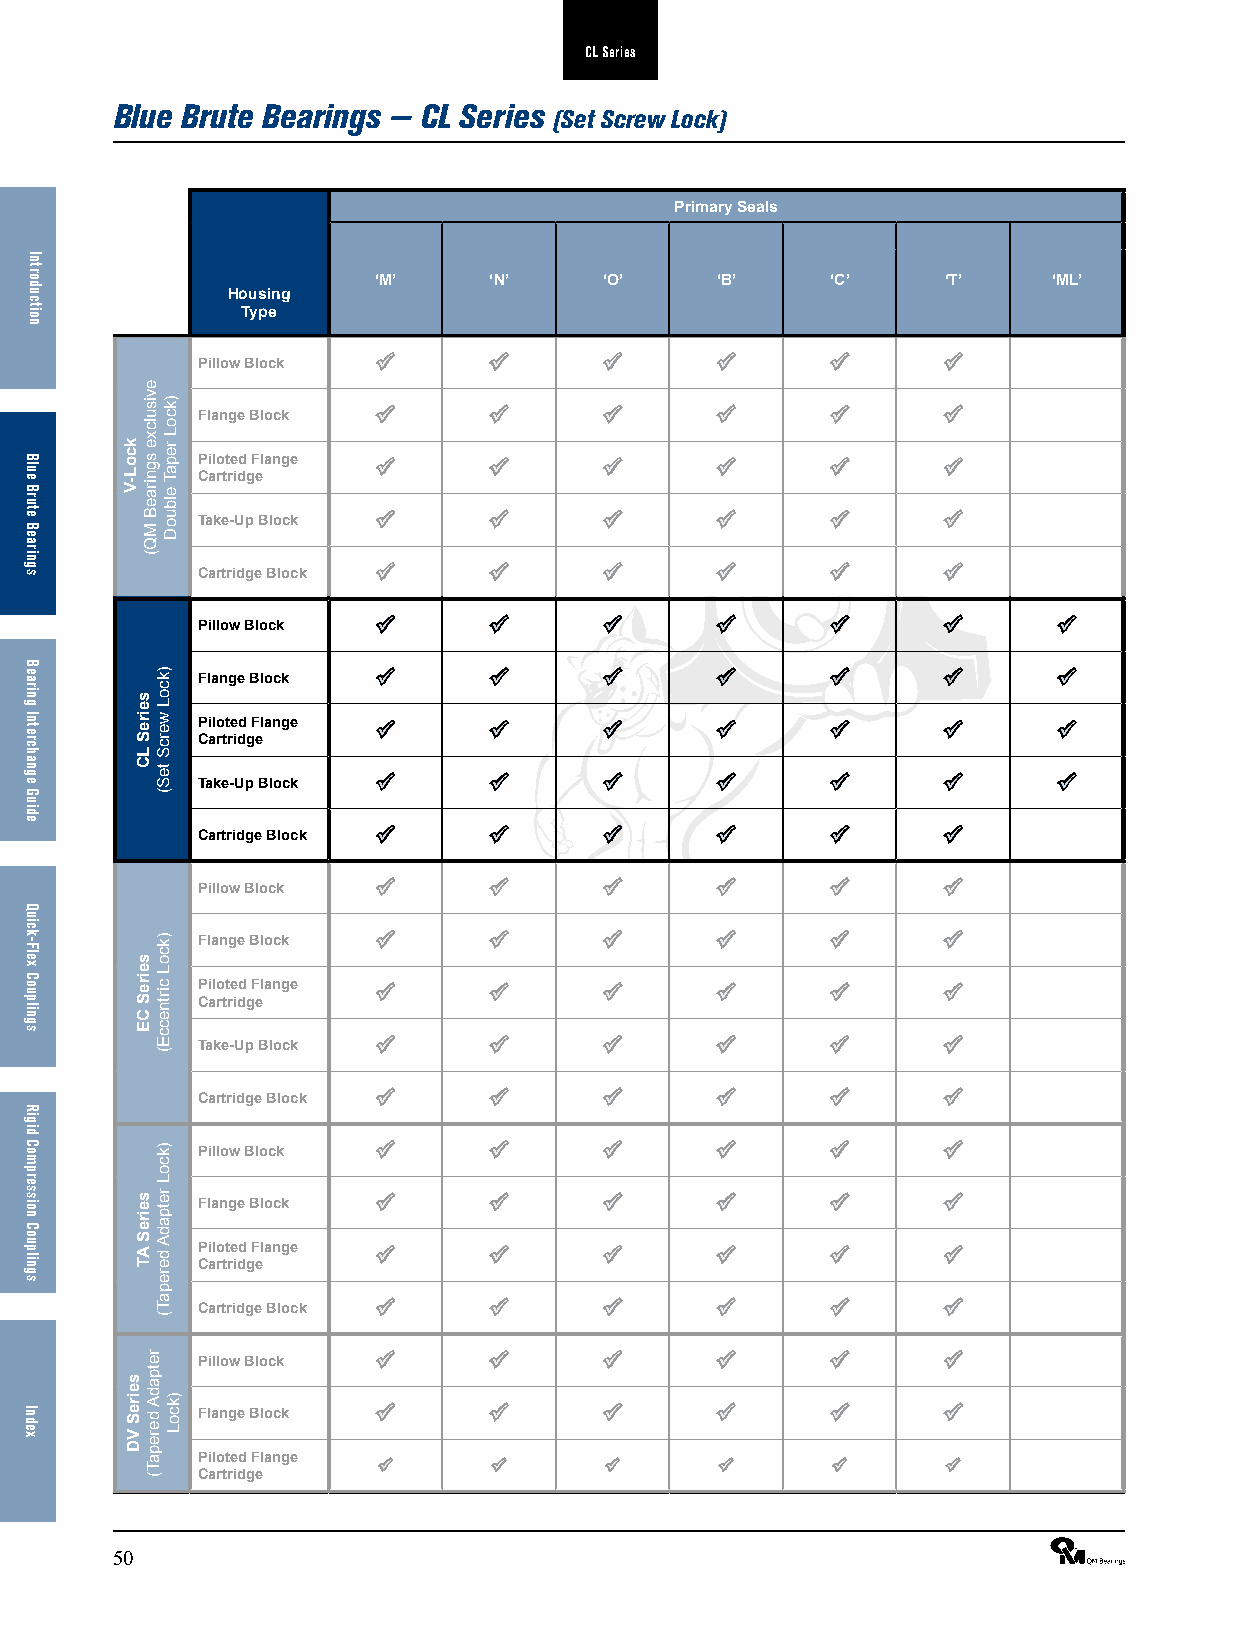
CL Series
 Blue Brute Bearings — CL Series
 (Set Screw Lock)
 Primary Seals
 ‘M’    ‘N’     ‘O’    ‘B’     ‘C’     ‘T’    ‘ML’
 Housing
 Type
 Pillow Block ü     ü       ü       ü      ü       ü
 Flange Block ü     ü       ü       ü      ü       ü
 Piloted Flange ü   ü       ü       ü      ü       ü
 Cartridge
 Take-Up Block ü    ü       ü       ü      ü       ü
 Cartridge Block ü  ü       ü       ü      ü       ü
 Pillow Block ü     ü       ü       ü      ü       ü      ü
 Flange Block ü     ü       ü       ü      ü       ü      ü
 Piloted Flange ü   ü       ü       ü      ü       ü      ü
 Cartridge
 Take-Up Block ü    ü       ü       ü      ü       ü      ü
 Cartridge Block ü  ü       ü       ü      ü       ü
 Pillow Block ü     ü       ü       ü      ü       ü
 Flange Block ü     ü       ü       ü      ü       ü
 Piloted Flange ü   ü       ü       ü      ü       ü
 Cartridge
 Take-Up Block ü    ü       ü       ü      ü       ü
 Cartridge Block ü  ü       ü       ü      ü       ü
 Pillow Block ü     ü       ü       ü      ü       ü
 Flange Block ü     ü       ü       ü      ü       ü
 Piloted Flange ü   ü       ü       ü      ü       ü
 Cartridge
 Cartridge Block ü  ü       ü       ü      ü       ü
 Pillow Block ü     ü       ü       ü      ü       ü
 Flange Block ü     ü       ü       ü      ü       ü
 Piloted Flange
 ü       ü      ü       ü      ü       ü
 Cartridge
 50                                                              ®
 Introduction
 Blue
 Brute
 Bearings
 Bearing
 Interchange
 Guide
 Quick-Flex
 Couplings
 Rigid
 Compression
 Couplings
 Index
 kcoL-V
 seireS
 VD
 seireS
 LC
 seireS
 CE
 seireS
 AT
 evisulcxe
 sgniraeB
 MQ(
 retpadA
 derepaT(
 )kcoL
 wercS
 teS(
 )kcoL
 cirtneccE(
 )kcoL
 retpadA
 derepaT(
 )kcoL
 repaT
 elbuoD
 )kcoL